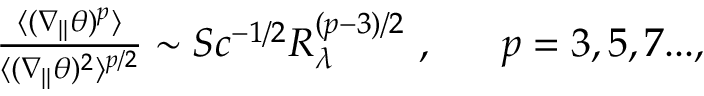
\begin{array} { r } { \frac { \langle ( \nabla _ { \| } \theta ) ^ { p } \rangle } { \langle ( \nabla _ { \| } \theta ) ^ { 2 } \rangle ^ { p / 2 } } \sim S c ^ { - 1 / 2 } R _ { \lambda } ^ { ( p - 3 ) / 2 } \ , \ \ \ \ \ p = 3 , 5 , 7 . . . , } \end{array}